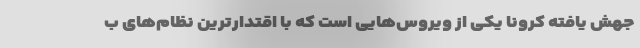
جهش یافته کرونا یکی از ویروس‌هایی است که با اقتدارترین نظام‌های ب